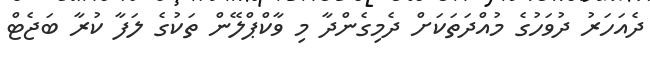
ދެއަހަރު ދުވަހުގެ މުއްދަތަކަށް ދެމިގެންދާ މި ވާކްޕްލޭން ތަކުގެ ލަފާ ކުރާ ބަޖެޓް